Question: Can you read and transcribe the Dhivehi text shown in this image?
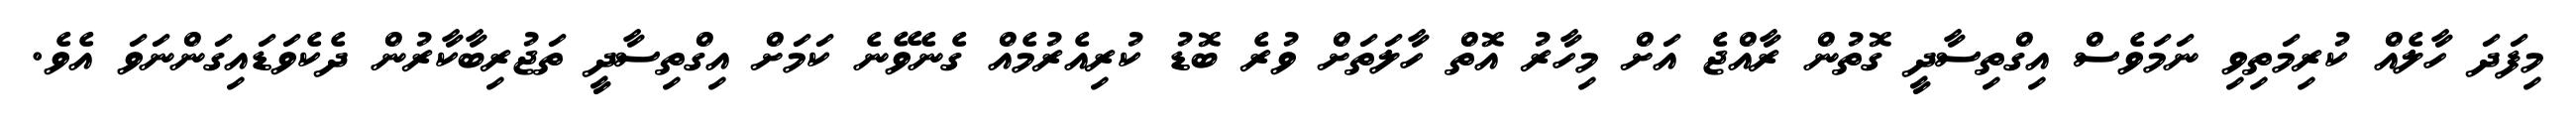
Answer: މިފަދަ ހާލެއް ކުރިމަތިވި ނަމަވެސް އިގްތިސާދީ ގޮތުން ރާއްޖެ އަށް މިހާރު އޮތް ހާލަތަށް ވުރެ ބޮޑު ކުރިއެރުމެއް ގެނެވޭނެ ކަމަށް އިގްތިސާދީ ތަޖުރިބާކާރުން ދެކެވަޑައިގަންނަވަ އެވެ.